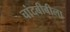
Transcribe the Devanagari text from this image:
चांदबीबीला